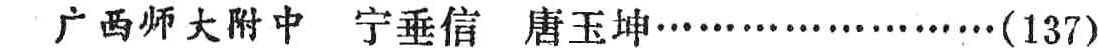
广西师大附中 宁垂信 唐玉坤\ldots\ldots\ldots\ldots\ldots\ldots(137)